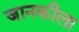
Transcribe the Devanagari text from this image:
जानकीला